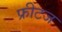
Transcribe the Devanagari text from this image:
फ्रीटज